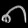
Digit: ၈